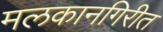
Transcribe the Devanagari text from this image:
मलकानगिरीत